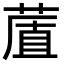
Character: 𦷔